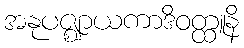
အနုပဇ္ဈာယကာဒိဝတ္ထူနိ